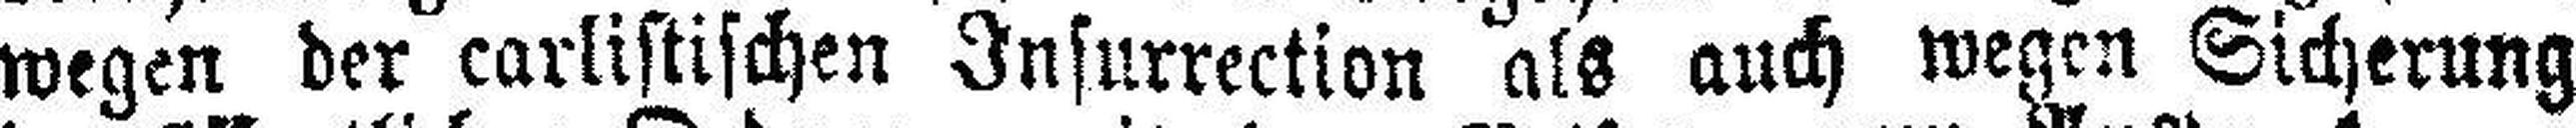
wegen der carlistischen Insurrection als auch wegen Sicherung